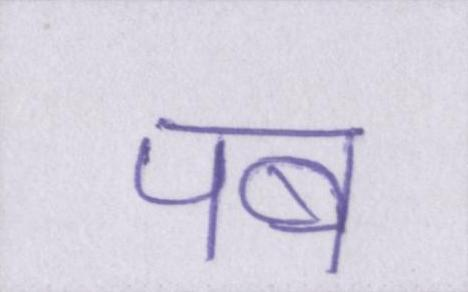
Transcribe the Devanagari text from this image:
पब